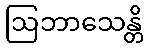
ဩဘာသေန္တိ